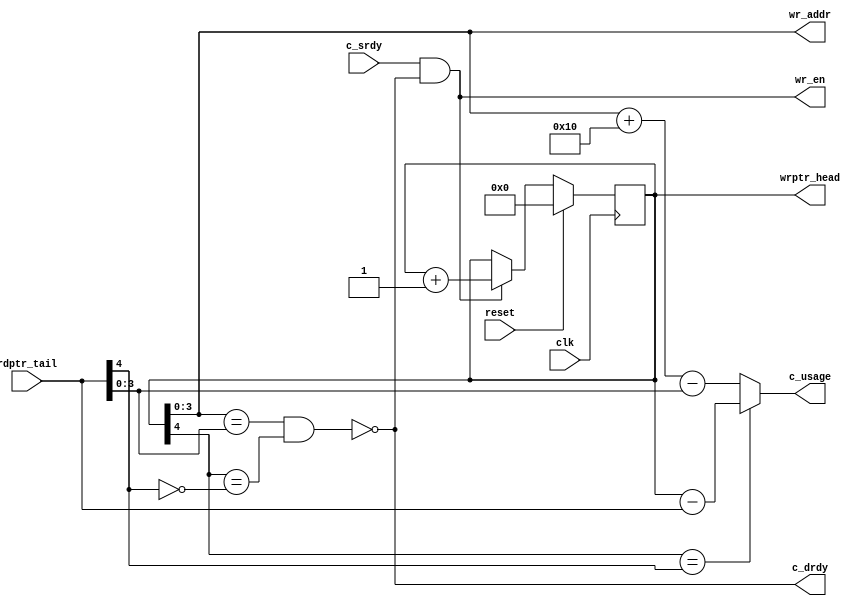
//----------------------------------------------------------------------
// Srdy/Drdy FIFO Head "S"
//
// Building block for FIFOs.  The "S" (small/sync) FIFO is design for smaller
// FIFOs based around memories or flops, with sizes that are a power of 2.
//
// The "S" FIFO can be used as a two-clock asynchronous FIFO.
//
// Parameters:
//   depth : depth/size of FIFO, in words
//   asz   : address size, automatically computed from depth
//   async : 1 for clock-synchronization FIFO, 0 for normal
//
// Naming convention: c = consumer, p = producer, i = internal interface
//----------------------------------------------------------------------
//
//----------------------------------------------------------------------
// This is free and unencumbered software released into the public domain.
//
// Anyone is free to copy, modify, publish, use, compile, sell, or
// distribute this software, either in source code form or as a compiled
// binary, for any purpose, commercial or non-commercial, and by any
// means.
//
// In jurisdictions that recognize copyright laws, the author or authors
// of this software dedicate any and all copyright interest in the
// software to the public domain. We make this dedication for the benefit
// of the public at large and to the detriment of our heirs and
// successors. We intend this dedication to be an overt act of
// relinquishment in perpetuity of all present and future rights to this
// software under copyright law.
//
// THE SOFTWARE IS PROVIDED "AS IS", WITHOUT WARRANTY OF ANY KIND,
// EXPRESS OR IMPLIED, INCLUDING BUT NOT LIMITED TO THE WARRANTIES OF
// MERCHANTABILITY, FITNESS FOR A PARTICULAR PURPOSE AND NONINFRINGEMENT.
// IN NO EVENT SHALL THE AUTHORS BE LIABLE FOR ANY CLAIM, DAMAGES OR
// OTHER LIABILITY, WHETHER IN AN ACTION OF CONTRACT, TORT OR OTHERWISE,
// ARISING FROM, OUT OF OR IN CONNECTION WITH THE SOFTWARE OR THE USE OR
// OTHER DEALINGS IN THE SOFTWARE.
//
// For more information, please refer to <http://unlicense.org/>
//----------------------------------------------------------------------

// Clocking statement for synchronous blocks.  Default is for
// posedge clocking and positive async reset
`ifdef SDLIB_ASYNC_RESET
 `define SDLIB_CLOCKING posedge clk or posedge reset
`else
 `define SDLIB_CLOCKING posedge clk
`endif

// delay unit for nonblocking assigns, default is to #1
`ifndef SDLIB_DELAY
 `define SDLIB_DELAY #1
`endif

module sd_fifo_head_s
  #(parameter depth=16,
    parameter async=0,
    parameter asz=$clog2(depth)
    )
    (
     input       clk,
     input       reset,
     input       c_srdy,
     output      c_drdy,

     output reg [asz:0] wrptr_head,
     output [asz-1:0]   wr_addr,
     output reg         wr_en,
     input [asz:0]      rdptr_tail,

     output reg [asz:0] c_usage

     );

  reg [asz:0]           wrptr, nxt_wrptr;
  reg [asz:0]           wrptr_p1;
  reg                   full;
  wire [asz:0]          rdptr;

  assign c_drdy = !full;
  assign wr_addr = wrptr[asz-1:0];

  always @*
    begin
      wrptr_p1 = wrptr + 1;

      full = ((wrptr[asz-1:0] == rdptr[asz-1:0]) &&
              (wrptr[asz] == ~rdptr[asz]));

      if (c_srdy & !full)
        nxt_wrptr = wrptr_p1;
      else
        nxt_wrptr = wrptr;

      wr_en = (c_srdy & !full);

      if (wrptr[asz] == rdptr[asz])
        c_usage = wrptr - rdptr;
      else
        c_usage = (wrptr[asz-1:0] + depth) - rdptr[asz-1:0]; // cn_lint_off_line CN_UNEQUAL_LEN
    end

  generate if (async == 0)
    begin : sync_wptr
      always @(`SDLIB_CLOCKING)
        begin
          if (reset)
            wrptr <= `SDLIB_DELAY 0;
          else
            wrptr <= `SDLIB_DELAY nxt_wrptr;
        end // always @ (posedge clk)

      always @*
        wrptr_head = wrptr;
    end // block: sync_wptr
  else
    begin : async_wptr
      always @(`SDLIB_CLOCKING)
        begin
          if (reset)
            wrptr_head <= `SDLIB_DELAY 0;
          else
            wrptr_head <= `SDLIB_DELAY bin2grey (nxt_wrptr);
        end

      always @*
        wrptr = grey2bin(wrptr_head);
    end
  endgenerate

  function [asz:0] bin2grey;
    input [asz:0] bin_in;
    integer       b;
    begin
      bin2grey[asz] = bin_in[asz];
      for (b=0; b<asz; b=b+1)
        bin2grey[b] = bin_in[b] ^ bin_in[b+1]; // cn_lint_off_line CN_RANGE_UFLOW
    end
  endfunction // for

  function [asz:0] grey2bin;
    input [asz:0] grey_in;
    integer       b;
    begin
      grey2bin[asz] = grey_in[asz];
      for (b=asz-1; b>=0; b=b-1)
        grey2bin[b] = grey_in[b] ^ grey2bin[b+1]; // cn_lint_off_line CN_RANGE_UFLOW
    end
  endfunction

  assign rdptr = (async)? grey2bin(rdptr_tail) : rdptr_tail;

endmodule